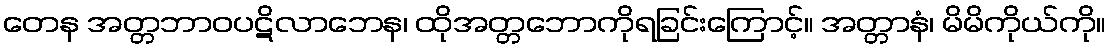
တေန အတ္တဘာဝပဋိလာဘေန၊ ထိုအတ္တဘောကိုရခြင်းကြောင့်။ အတ္တာနံ၊ မိမိကိုယ်ကို။